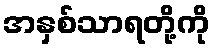
အနှစ်သာရတို့ကို